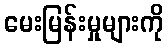
မေးမြန်းမှုများကို